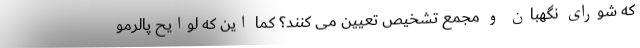
که شورای نگهبان و مجمع تشخیص تعیین می کنند؟ کما این که لوایح پالرمو